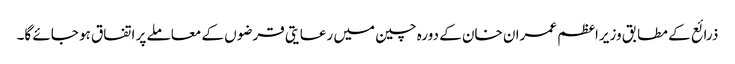
ذرائع کے مطابق وزیراعظم عمران خان کے دورہ چین میں رعایتی قرضوں کے معاملے پر اتفاق ہو جائے گا۔